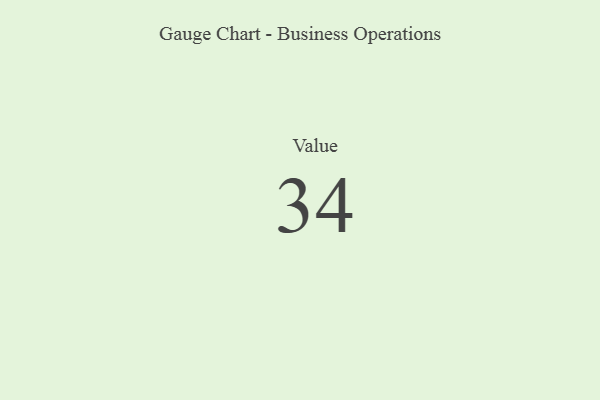
{"axis": {"x": "Metric", "y": "Value"}, "legend": [""], "data": [{"x": "Value", "y": 34, "type": ""}]}